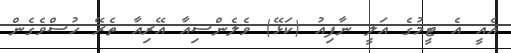
އެއީ އެ ޓީމުގެ އަލީ ނާފިއު (ކަޅޭ) ވެލެންސިއާ އޭރިއާ ތެރޭ ހުސްވެގެން